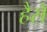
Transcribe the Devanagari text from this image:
हैसे